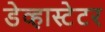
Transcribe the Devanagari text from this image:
डेव्हास्टेटर